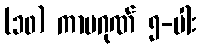
(၁၀) ကာမဂုဏ် ၅-ပါး